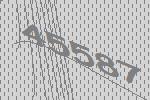
45587